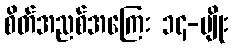
စိတ်အညစ်အကြေး ၁၄-မျိုး